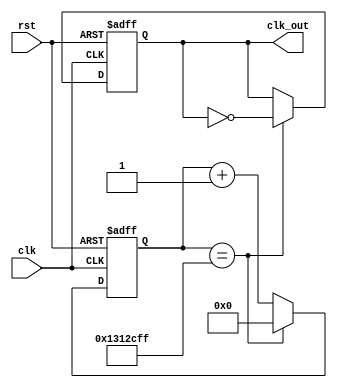
`timescale 1ns / 1ps
//////////////////////////////////////////////////////////////////////////////////
// Company: 
// Engineer: 
// 
// Design Name: 
// Module Name: Divide3_begin
// Project Name: 
// Target Devices: 
// Tool Versions: 
// Description: 
// 
// Dependencies: 
// 
// Revision:
// Revision 0.01 - File Created
// Additional Comments:
// 
//////////////////////////////////////////////////////////////////////////////////


module Divide3_begin(
clk,rst,clk_out
    );
    input clk,rst;
    output reg clk_out;
    reg[31:0] cnt;
 
 
    parameter period = 40000000;
 
    always@(posedge clk,negedge rst)
    begin
       if(!rst) begin
          cnt <=0;
          clk_out<=0;
       end
       else begin
          if(cnt == (period>>1)-1)begin
             clk_out <= ~clk_out;
             cnt <= 0;
          end
          else cnt <= cnt+1;
       end
    end
endmodule